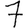
Digit: 7